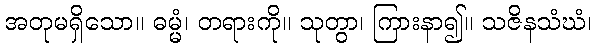
အတုမရှိသော။ ဓမ္မံ၊ တရားကို။ သုတွာ၊ ကြားနာ၍။ သဇိနသံဃံ၊